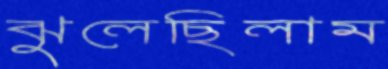
ঝুলেছিলাম